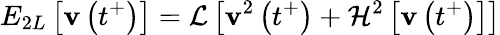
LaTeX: E_{2L}\left[\mathbf{v}\left(t^{+}\right)\right]=\mathcal{{L}}\left[\mathbf{v}^{2}\left(t^{+}\right)+\mathcal{{H}}^{2}\left[\mathbf{v}\left(t^{+}\right)\right]\right]